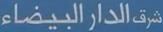
شرق الدار البيضاء